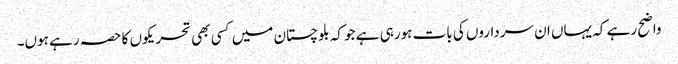
واضح رہے کہ یہاں ان سرداروں کی بات ہورہی ہے جو کہ بلوچستان میں کسی بھی تحریکوں کا حصہ رہے ہوں۔